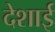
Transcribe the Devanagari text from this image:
देशाई